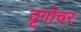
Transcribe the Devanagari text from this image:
दृगोचर